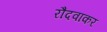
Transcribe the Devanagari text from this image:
रौंदवाकर